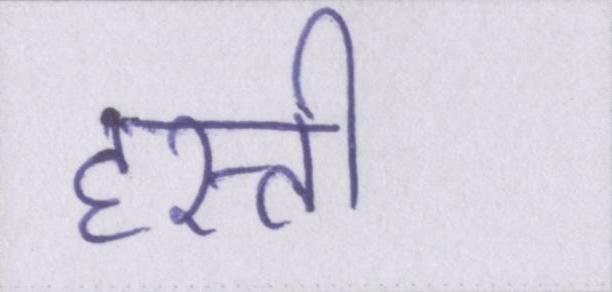
हस्ती